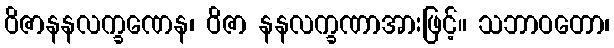
ဝိဇာနနလက္ခဏေန၊ ဝိဇာ နနလက္ခဏာအားဖြင့်။ သဘာဝတော၊